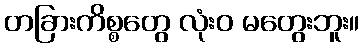
တခြားကိစ္စတွေ လုံးဝ မတွေးဘူး။